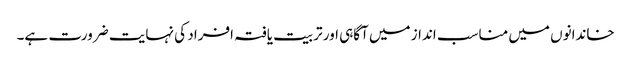
خاندانوں میں مناسب انداز میں آگاہی اور تربیت یافتہ افراد کی نہایت ضرورت ہے۔